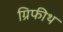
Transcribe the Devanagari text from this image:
ग्रिफीथ